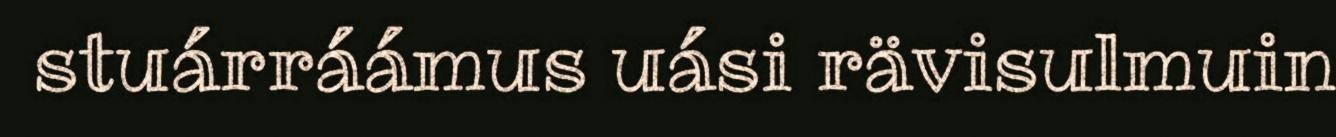
stuárráámus uási rävisulmuin